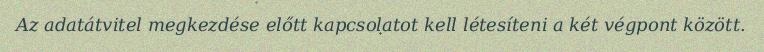
Az adatátvitel megkezdése előtt kapcsolatot kell létesíteni a két végpont között.